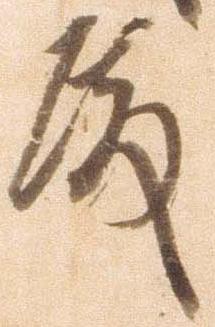
殿